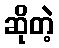
ဆိုတဲ့